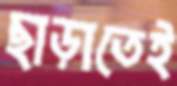
ছাড়াতেই